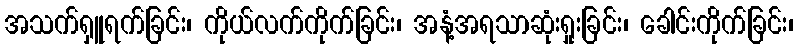
အသက်ရှူရက်ခြင်း၊ ကိုယ်လက်ကိုက်ခြင်း၊ အနံ့အရသာဆုံးရှုးခြင်း၊ ခေါင်းကိုက်ခြင်း၊